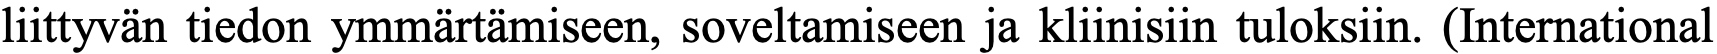
liittyvän tiedon ymmärtämiseen, soveltamiseen ja kliinisiin tuloksiin. (International